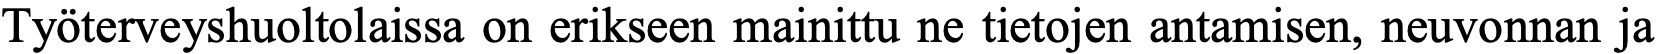
Työterveyshuoltolaissa on erikseen mainittu ne tietojen antamisen, neuvonnan ja